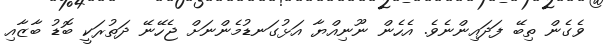
ވެގެން ތިބޭ ފަދައިންނެވެ. އެހެން ނޫނިއްޔާ އަޅުގަނޑުމެންނަށް ޖެހޭނޭ ދަތުރަކީ ބޮޑު ބާޒާއި